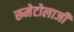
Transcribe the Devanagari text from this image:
रूमेटोलाजी